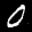
Label: 0